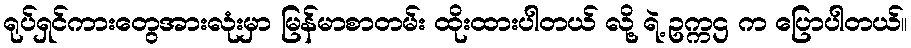
ရုပ်ရှင်ကားတွေအားလုံးမှာ မြန်မာစာတမ်း ထိုးထားပါတယ် လို့ ရဲ့ ဥက္ကဌ က ပြောပါတယ်။